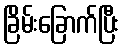
ခြိမ်းခြောက်ပြီး